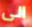
الى